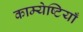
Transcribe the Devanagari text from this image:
काम्येष्टियाँ